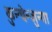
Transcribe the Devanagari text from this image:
कुन्चेन्जुन्गा